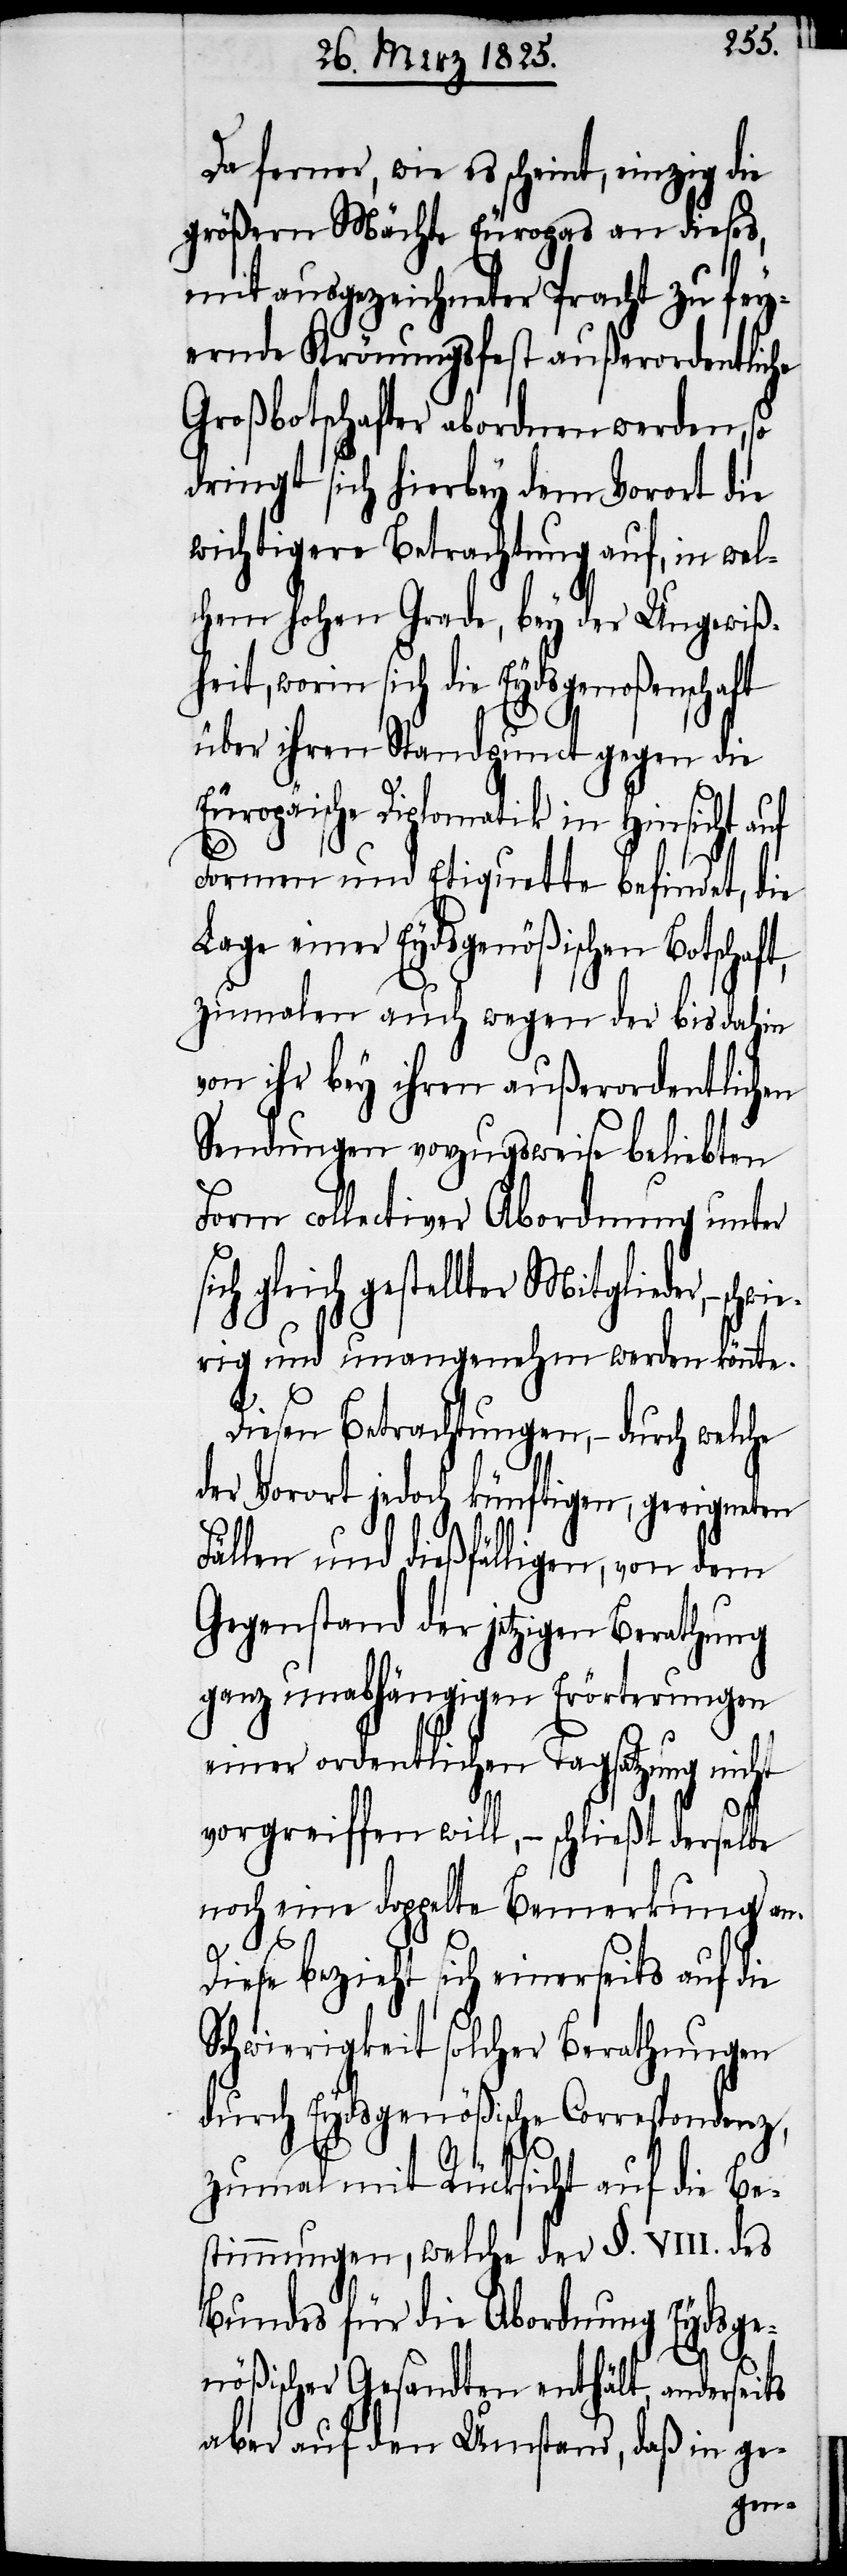
Da ferner, wie es scheint, einzig die
größern Mächte Europas an dieses,
mit ausgezeichneter Pracht zu fey¬
ernde Krönungsfest außerordentliche
Großbotschafter abordnen werden, so
dringt sich hierbey dem Vorort die
wichtigere Betrachtung auf, in wel¬
chem hohen Grade, bey der Ungewiß¬
heit, worin sich die Eydsgenoßenschaft
über ihren Standpunct gegen die
Europäische Diplomatik in Hinsicht auf
Formen und Etiquette befindet, die
Lage einer Eydsgenößischen Botschaf¬
zumalen auch wegen der bis dahin
von ihr bey ihren außerordentlichen
Sendungen vorzugsweise beliebten
Form collectiver Abordnung unter
ich gleich gestellter Mitglieder, − sch¬
wierig und unangenehm werden könnte.
Diesen Betrachtungen, − durch welche
der Vorort jedoch künftigen, geeigneten
Fällen und dießfälligen, von dem
Gegenstand der jetzigen Berathung
ganz unabhängigen Erörterungen
einer ordentlichen Tagsatzung nicht
vorgreiffen will, − schließt derselbe
noch eine doppelte Bemerkung an.
Diese bezieht sich einerseits auf die
Schwierigkeit solcher Berathungen
durch Eydsgenößische Correspondenz,
zumal mit Rücksicht auf die Be¬
stimmungen, welche der §. VIII. des
Bundes für die Abordnung Eydsge¬
s¬
nößischer Gesandten enthält, anderseits
aber auf den Umstand, daß in ge-